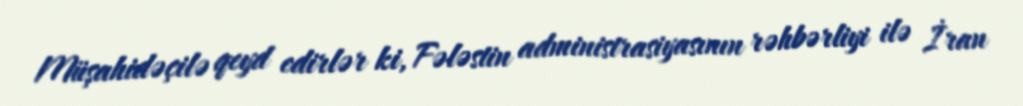
Müşahidəçilə qeyd edirlər ki, Fələstin administrasiyasının rəhbərliyi ilə İran